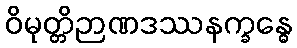
ဝိမုတ္တိဉာဏဒဿနက္ခန္ဓေ